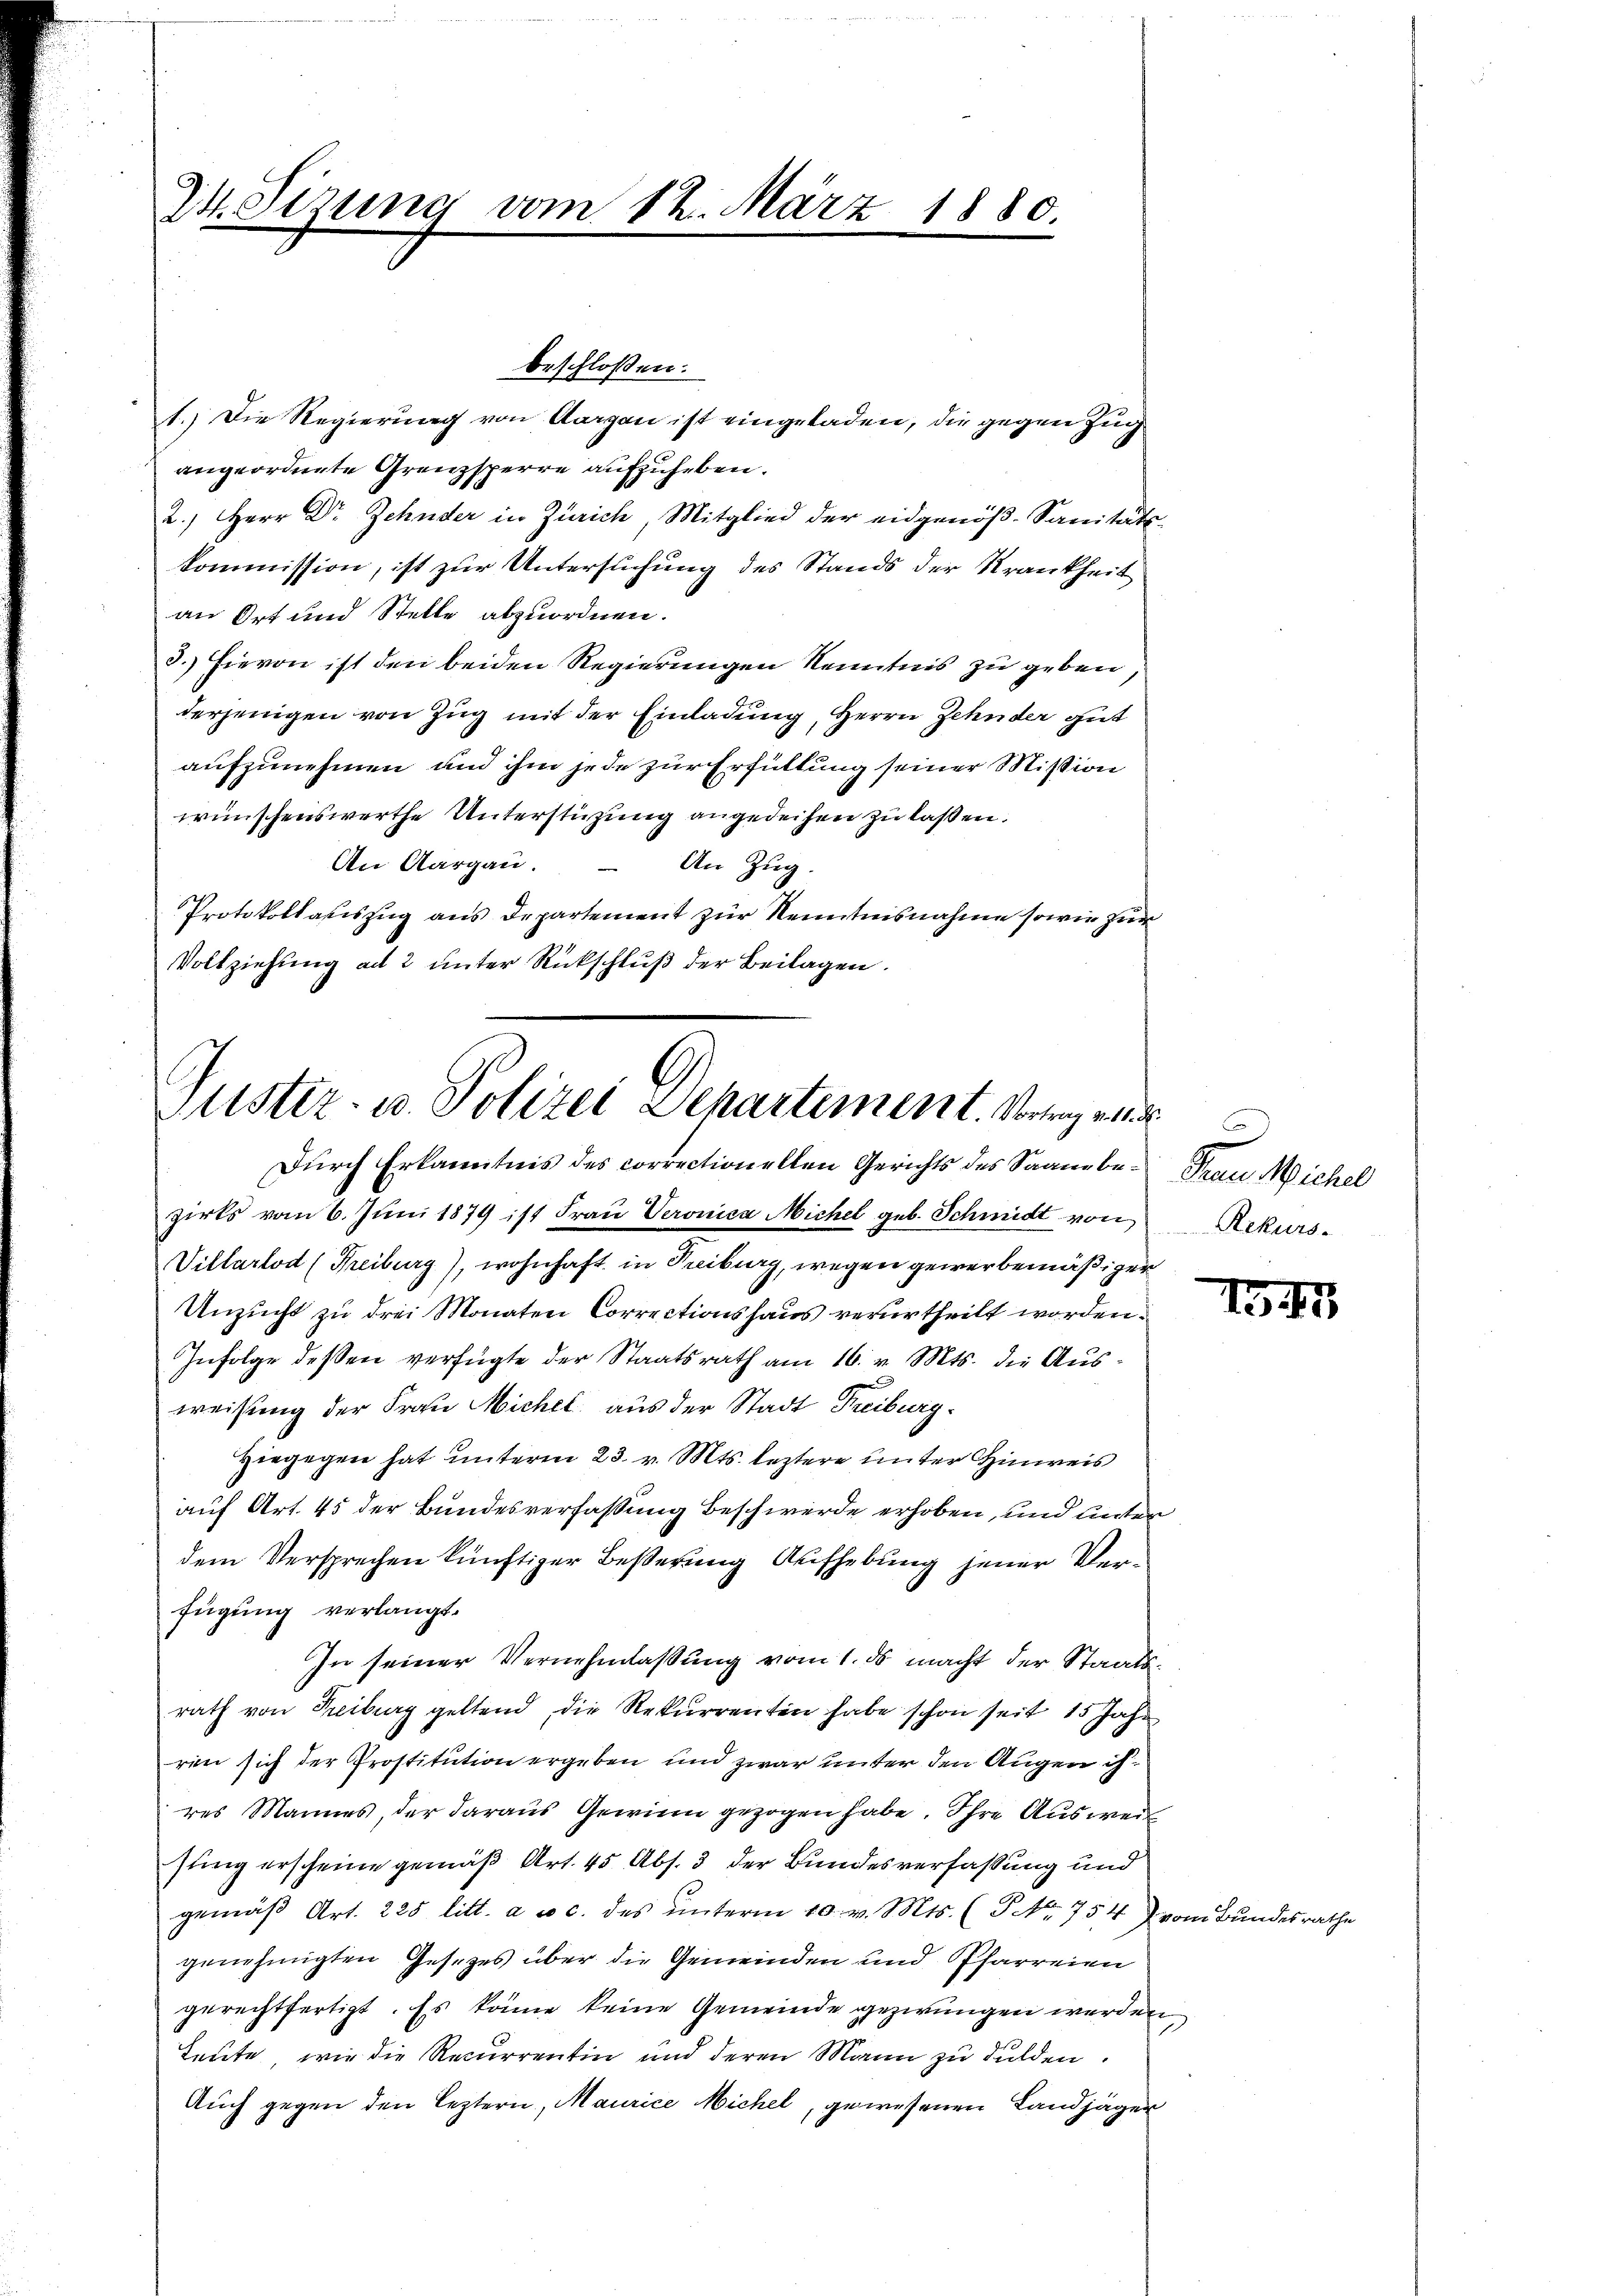
24. Sizung vom 12. März 1880.

1.) Die Regierung von Aargau ist eingeladen, die gegen Zug
angeordnete Grenzsperre aufzuheben.
2.) Herr Dr Zehnder in Zürich, Mitglied der eidgenöß-Sanitäts-
kommission, ist zur Untersuchung des Stands der Krankheit
an Ort und Stelle abzuordnen.
3.) Hievon ist den beiden Regierungen Kenntnis zu geben,
derjenigen von Zug mit der Einladung, Herrn Zehnder gut
aufzunehmen und ihm jede zur Erfüllung seiner Mission
wünschenswerthe Unterstüzung angedeihen zu laßen.
An Aargau.
An Zug.
Protokollauszug aus Departement zur Kenntnisnahme sowie zur
Vollziehung ad 2 unter Rückschluß der Beilagen.

beschloßen:

Justiz- u. Polizei Departement. Vorang ein
Durch Erkanntnis des correctionellen Gerichts des Saane be- Frau Michel

zirks vom 6. Juni 1879 ist Frau Veronica Michel geb. Schmidt von Rekurs-
Villarlod (Freiburg), wohnhaft in Treiburg, wegen gewerbemäßiger
Unzucht zu drei Monaten Correctionshaus verurtheilt worden.
Infolge deßen verfügte der Staatsrath am 16. v. Mts. die Ausweisung der Frau Michel aus der Stadt Freiburg.
Hiegegen hat unterm 23. v. Mts. leztere unter Hinweis
auf Art. 45 der Bundesverfassung beschwerde erhoben, und unter
dem Versprechen künftiger Beßerung Aufhebung jener Verfügung verlangt.
In seiner Vernehmlassung vom 1. ds macht der Staatsrath von Freiburg geltend die Rekurrenten habe schon seit 15 Jahr
ren sich der Prostitution ergeben und zwar unter den Augen ih
res Mannes, der daraus Gewinn gezogen habe. Ihre Ausweil
sting erscheine gemäß Art. 45 Abs. 3 der Bundesverfassung und
gemäβ Art. 225 litt. a u c. des ŭnterm 10. v. Mts. (T Nr. 754) vom Bundesrathe
genehmigten Gesetzes über die Gemeinden und Pfarreien
gerechtfertigt. Es könne keine Gemeinde gezwungen werden,
Leute, wie die Recurrentin und deren Mann zu dulden.
Auch gegen den leztern, Maurice Michel, gewesenen Landjäger

e

1347